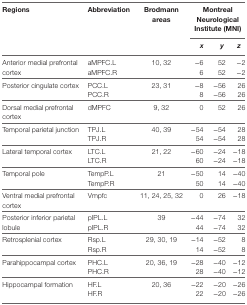
<table><thead><tr><td rowspan="2"><b>Regions</b></td><td rowspan="2"><b>Abbreviation</b></td><td rowspan="2"><b>Brodmann areas</b></td><td colspan="3"><b>Montreal Neurological Institute (MNI)</b></td></tr><tr><td><b><i>x</i></b></td><td><b><i>y</i></b></td><td><b><i>z</i></b></td></tr></thead><tbody><tr><td rowspan="2">Anterior medial prefrontal cortex</td><td>aMPFC.L</td><td rowspan="2">10, 32</td><td>−6</td><td>52</td><td>−2</td></tr><tr><td>aMPFC.R</td><td>6</td><td>52</td><td>−2</td></tr><tr><td rowspan="2">Posterior cingulate cortex</td><td>PCC.L</td><td rowspan="2">23, 31</td><td>−8</td><td>−56</td><td>26</td></tr><tr><td>PCC.R</td><td>8</td><td>−56</td><td>26</td></tr><tr><td>Dorsal medial prefrontal cortex</td><td>dMPFC</td><td>9, 32</td><td>0</td><td>52</td><td>26</td></tr><tr><td rowspan="2">Temporal parietal junction</td><td>TPJ.L</td><td rowspan="2">40, 39</td><td>−54</td><td>−54</td><td>28</td></tr><tr><td>TPJ.R</td><td>54</td><td>−54</td><td>28</td></tr><tr><td rowspan="2">Lateral temporal cortex</td><td>LTC.L</td><td rowspan="2">21, 22</td><td>−60</td><td>−24</td><td>−18</td></tr><tr><td>LTC.R</td><td>60</td><td>−24</td><td>−18</td></tr><tr><td rowspan="2">Temporal pole</td><td>TempP.L</td><td rowspan="2">21</td><td>−50</td><td>14</td><td>−40</td></tr><tr><td>TempP.R</td><td>50</td><td>14</td><td>−40</td></tr><tr><td>Ventral medial prefrontal cortex</td><td>Vmpfc</td><td>11, 24, 25, 32</td><td>0</td><td>26</td><td>−18</td></tr><tr><td rowspan="2">Posterior inferior parietal lobule</td><td>pIPL.L</td><td rowspan="2">39</td><td>−44</td><td>−74</td><td>32</td></tr><tr><td>pIPL.R</td><td>44</td><td>−74</td><td>32</td></tr><tr><td rowspan="2">Retrosplenial cortex</td><td>Rsp.L</td><td rowspan="2">29, 30, 19</td><td>−14</td><td>−52</td><td>8</td></tr><tr><td>Rsp.R</td><td>14</td><td>−52</td><td>8</td></tr><tr><td rowspan="2">Parahippocampal cortex</td><td>PHC.L</td><td rowspan="2">20, 36, 19</td><td>−28</td><td>−40</td><td>−12</td></tr><tr><td>PHC.R</td><td>28</td><td>−40</td><td>−12</td></tr><tr><td rowspan="2">Hippocampal formation</td><td>HF.L</td><td rowspan="2">20, 36</td><td>−22</td><td>−20</td><td>−26</td></tr><tr><td>HF.R</td><td>22</td><td>−20</td><td>−26</td></tr></tbody></table>